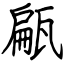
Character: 甂